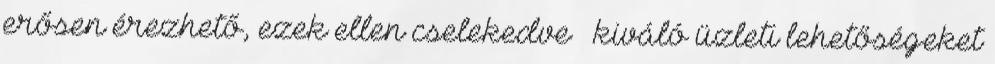
erősen érezhető, ezek ellen cselekedve – kiváló üzleti lehetőségeket